Report of the Indian Hemp Drugs Commission, 1894-1895 - Volume VII
Year: 1894
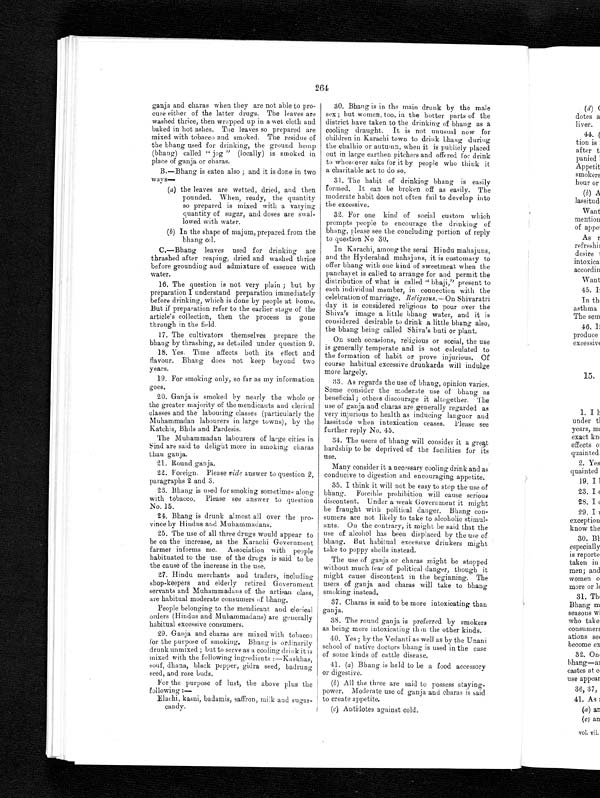
264
ganja and charas when they are not able to pro-
cure either of the latter drugs. The leaves are
washed thrice, then wrapped up in a wet cloth and
baked in hot ashes. The leaves so prepared are
mixed with tobacco and smoked. The residue of
the bhang used for drinking, the ground hemp
(bhang) called "jog" (locally) is smoked in
place of ganja or charas.
B.—Bhang is eaten also; and it is done in two
ways—
(a) the leaves are wetted, dried, and then
pounded. When, ready, the quantity
so prepared is mixed with a varying
quantity of sugar, and doses are swal-
lowed with water.
(b) In the shape of majum, prepared from the
bhang oil.
C.—Bhang leaves used for drinking are
thrashed after reaping, dried and washed thrice
before grounding and admixture of essence with
water.
16. The question is not very plain; but by
preparation I understand preparation immediately
before drinking, which is done by people at home.
But if preparation refer to the earlier stage of the
article's collection, then the process is gone
through in the field.
17. The cultivators themselves prepare the
bhang by thrashing, as detailed under question 9.
18. Yes. Time affects both its effect and
flavour. Bhang does not keep beyond two
years.
19. For smoking only, so far as my information
goes.
20. Ganja is smoked by nearly the whole or
the greater majority of the mendicants and clerical
classes and the labouring classes (particularly the
Muhammadan labourers in large towns), by the
Katchis, Bhils and Pardesis.
The Muhammadan labourers of large cities in
Sind are said to delight more in smoking charas
than ganja.
21. Round ganja.
22. Foreign. Please vide answer to question 2,
paragraphs 2 and 3.
23. Bhang is used for smoking sometimes along
with tobacco. Please see answer to question
No. 15.
24. Bhang is drunk almost all over the pro-
vince by Hindus and Muhammadans.
25. The use of all three drugs would appear to
be on the increase, as the Karachi Government
farmer informs me. Association with people
habituated to the use of the drugs is said to be
the cause of the increase in the use.
27. Hindu merchants and traders, including
shop-keepers and elderly retired Government
servants and Muhammadans of the artisan class,
are habitual moderate consumers of bhang.
People belonging to the mendicant and clerica
l o r d e r s ( H i n d u s a n d M u h a m m a d a n s ) a r e g e n e r a l l y
habitual excessive consumers.
29. Ganja and charas are mixed with tobacco
for the purpose of smoking. Bhang is ordinarily
drunk unmixed; but to serve as a cooling drink it
i s m i x e d w i t h t h e f o l l o w i n g i n g r e d i e n t s : — K a s k h a s ,
souf, dhana, black pepper, gidra seed, badrung
seed, and rose buds.
For the purpose of lust, the above plus the
following :—
Elachi, kasni, badamis, saffron, milk and sugar
-candy.
30. Bhang is in the main drunk by the male
sex; but women, too, in the hotter parts of the
district have taken to the drinking of bhang as a
cooling draught. It is not unusual now for
children in Karachi town to drink bhang during
the chalhio or autumn, when it is publicly placed
out in large earthen pitchers and offered for drink
to whosoever asks for it by people who think it
a charitable act to do so.
31. The habit of drinking bhang is easily
formed. It can be broken off as easily. The
moderate habit does not often fail to develop into
the excessive.
32. For one kind of social custom which
prompts people to encourage the drinking of
bhang, please see the concluding portion of reply
to question No 30.
In Karachi, among the serai Hindu mahajuns,
and the Hyderabad mahajuns, it is customary to
offer bhang with one kind of sweetmeat when the
panchayet is called to arrange for and permit the
distribution of what is called "bhaji," present to
each individual member, in connection with the
celebration of marriage. Religious.— On Shivaratri
day it is considered religious to pour over the
Shiva's image a little bhang water, and it is
considered desirable to drink a little bhang also,
the bhang being called Shiva's buti or plant.
On such occasions, religious or social, the use
is generally temperate and is not calculated to
the formation of habit or prove injurious. Of
course habitual excessive drunkards will indulge
more largely.
33. As regards the use of bhang, opinion varies.
Some consider the moderate use of bhang as
beneficial; others discourage it altogether. The
use of ganja and charas are generally regarded as
very injurious to health as inducing languor and
lassitude when intoxication ceases. Please see
further reply No. 45.
34. The users of bhang will consider it a great
hardship to be deprived of the facilities for its
use.
Many consider it a necessary cooling drink and as
conducive to digestion and encouraging appetite.
35. I think it will not be easy to stop the use of
bhang. Forcible prohibition will cause serious
discontent. Under a weak Government it might
be fraught with political danger. Bhang con-
sumers are not likely to take to alcoholic stimul-
ants. On the contrary, it might be said that the
use of alcohol has been displaced by the use of
bhang. But habitual excessive drinkers might
take to poppy shells instead.
The use of ganja or charas might be stopped
without much fear of political danger, though it
might cause discontent in the beginning. The
users of ganja and charas will take to bhang
smoking instead.
37. Charas is said to be more intoxicating than
ganja.
38. The round ganja is preferred by smokers
as being more intoxicating than the other kinds.
40. Yes; by the Vedanti as well as by the Unani
school of native doctors bhang is used in the case
of some kinds of cattle disease.
41. (a) Bhang is held to be a food accessory
or digestive.
(b ) All the three are said to possess staying-
power. Moderate use of ganja and charas is said
to create appetite.
(c) Antidotes against cold.